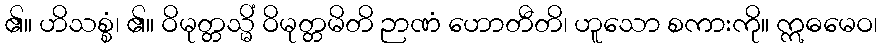
၏။ ဟိသစ္စံ၊ ၏။ ဝိမုတ္တသ္မိံ ဝိမုတ္တမိတိ ဉာဏံ ဟောတီတိ၊ ဟူသော စကားကို။ ဣဓမေဝ၊